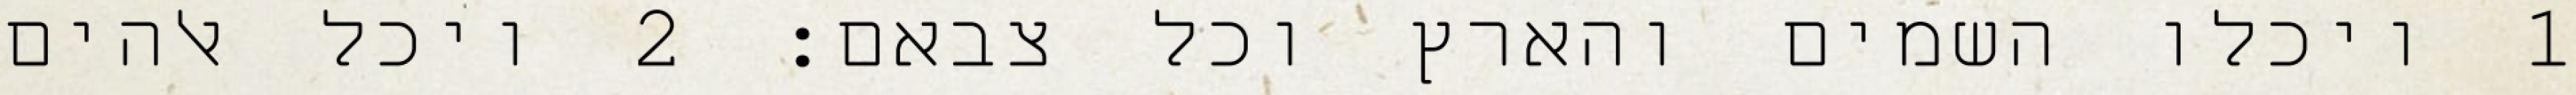
1 ויכלו השמים והארץ וכל צבאם׃ ‎2‏ ויכל אלהים